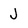
Character: J